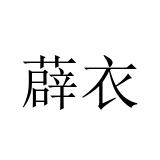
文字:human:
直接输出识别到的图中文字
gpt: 薜衣